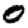
Digit: 0